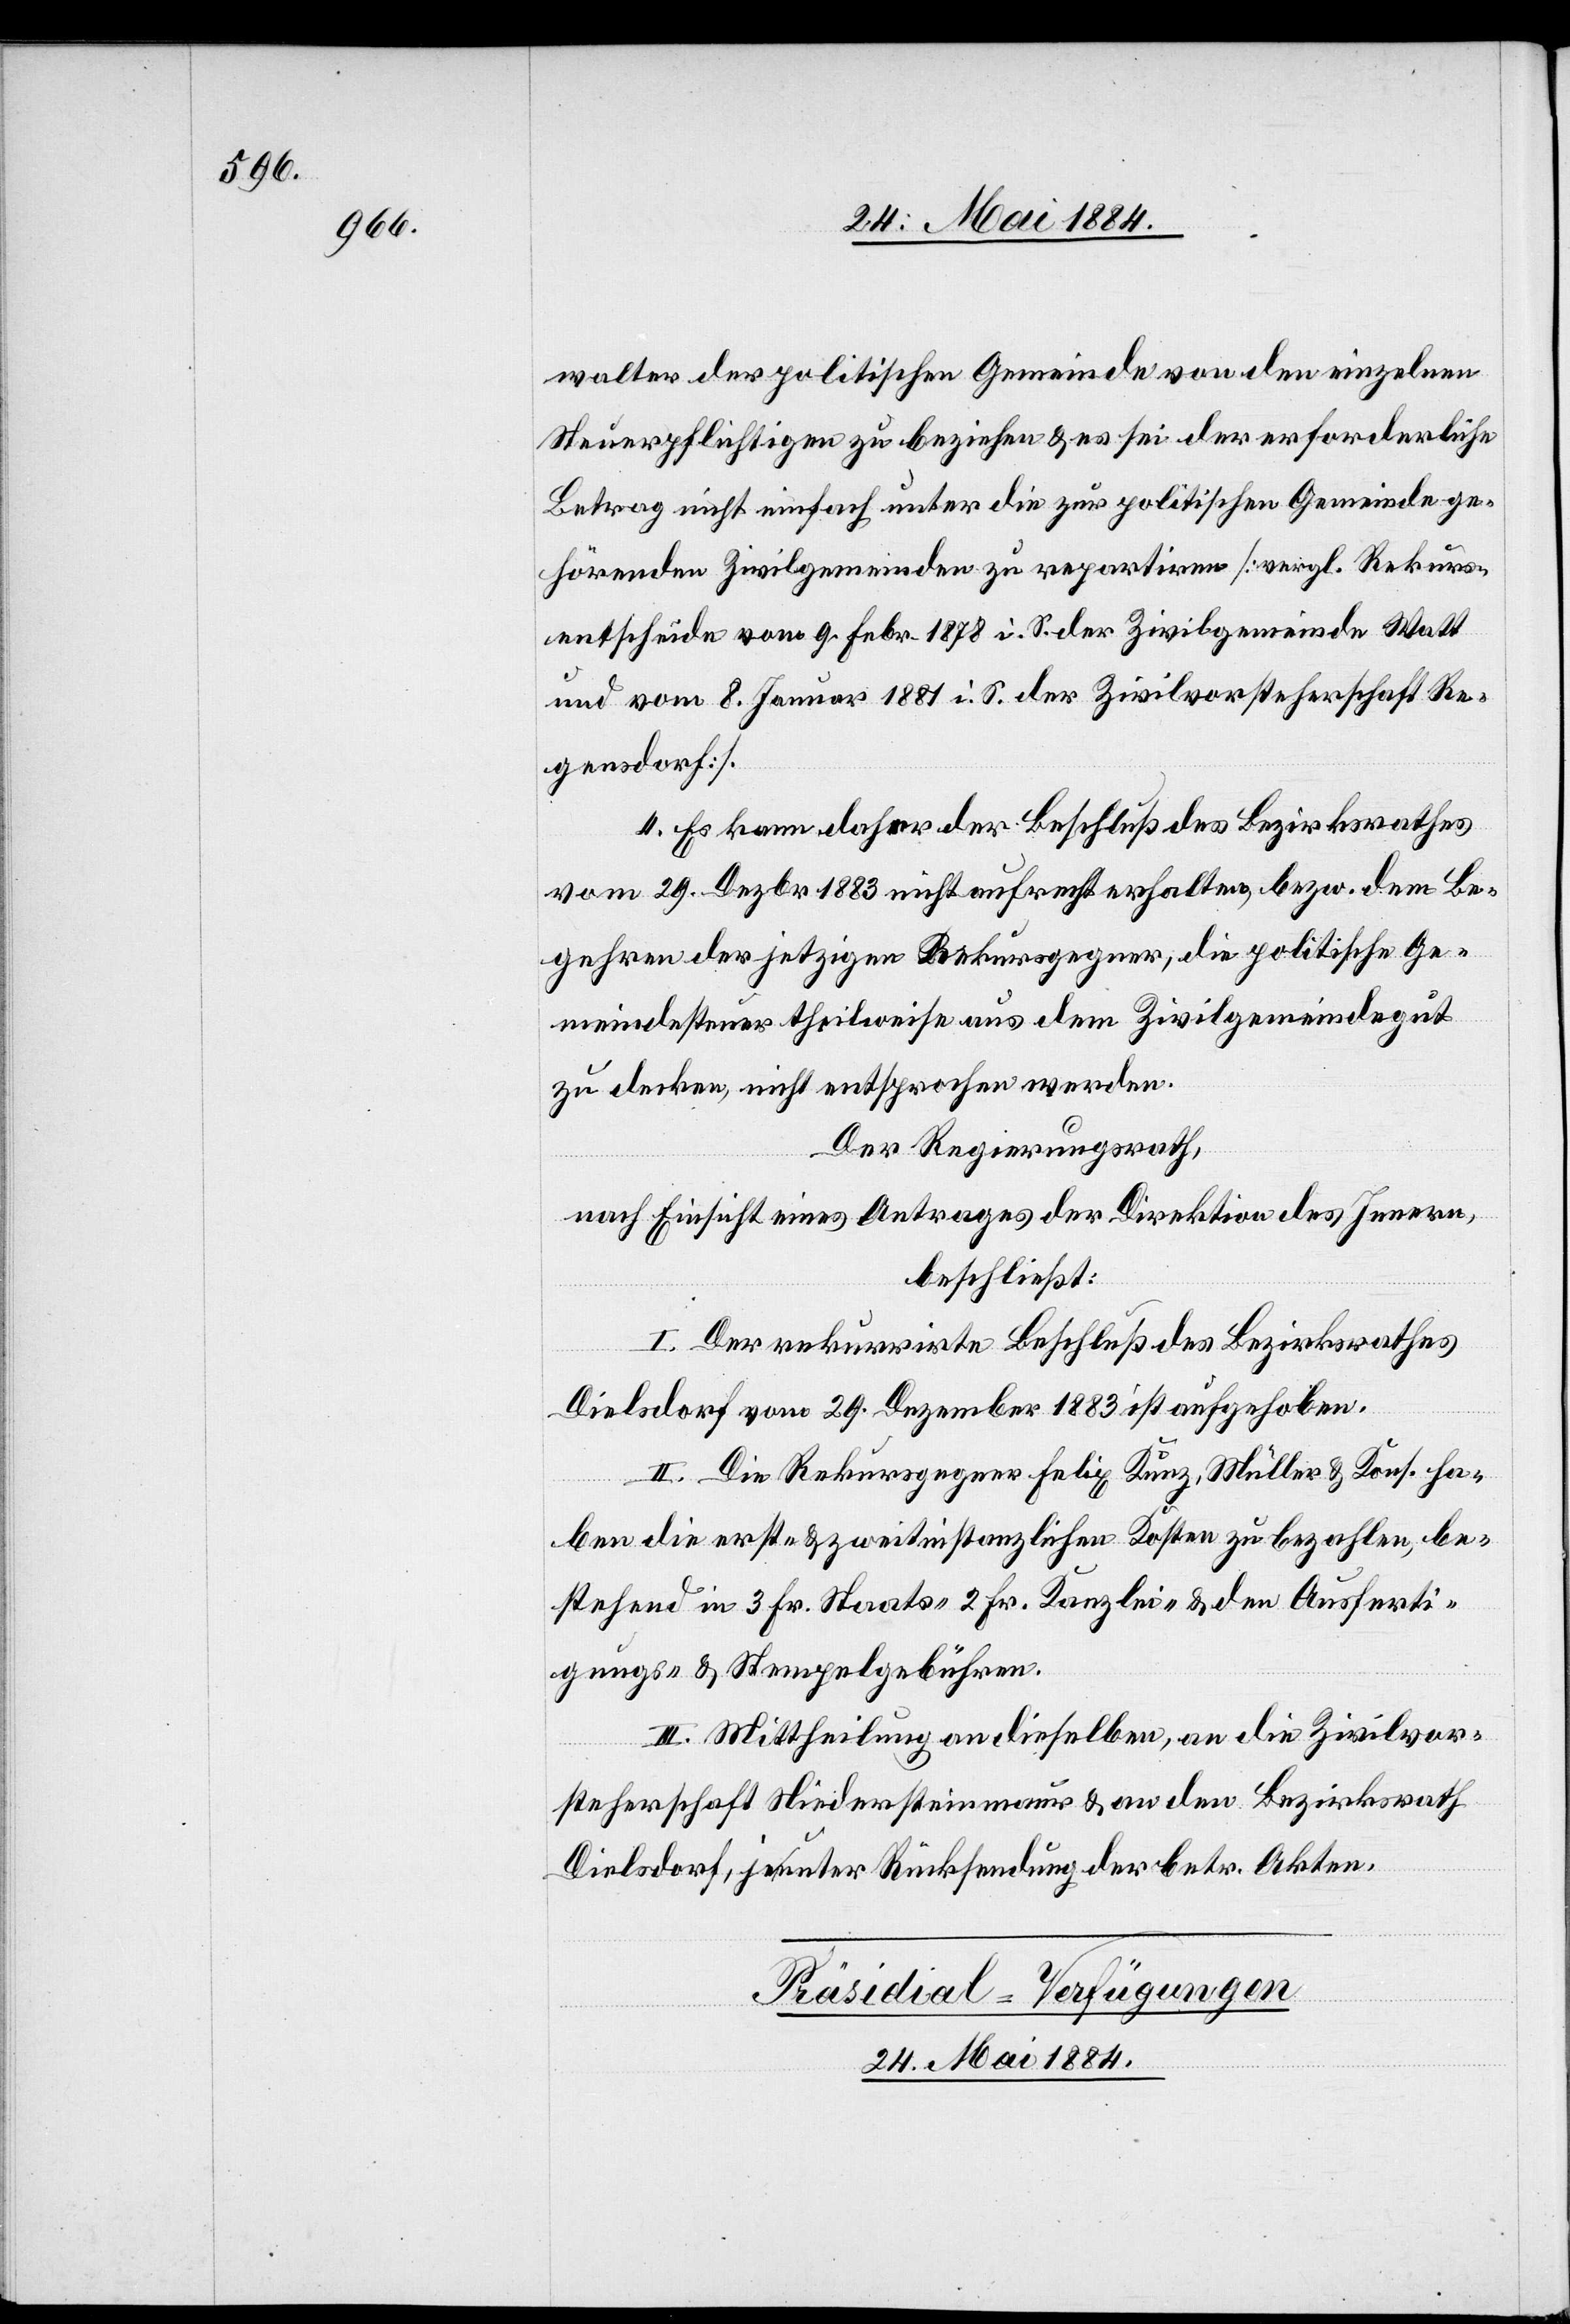
walter der politischen Gemeinde von den einzelnen
Steuerpflichtigen zu beziehen & es sei der erforderliche
Betrag nicht einfach unter die zur politischen Gemeinde ge¬
hörenden Zivilgemeinden zu repartiren [vergl. Rekurs¬
entscheide vom 9. Febr. 1878 i. S. der Zivilgemeinde Watt
und vom 8. Januar 1881 i. S. der Zivilvorsteherschaft Re¬
gensdorf].
4. Es kann daher der Beschluß des Bezirksrathes
vom 29. Dezbr. 1883 nicht aufrecht erhalten, bezw. dem Be¬
gehren der jetzigen Rekursgegner, die politische Ge¬
meindesteuer theilweise aus dem Zivilgemeindegut
zu decken, nicht entsprochen werden.
Der Regierungsrath,
nach Einsicht eines Antrages der Direktion des Innern,
beschließt:
I. Der rekurrirte Beschluß des Bezirksrathes
Dielsdorf vom 29. Dezember 1883 ist aufgehoben.
II. Die Rekursgegner Felix Kunz, Müller & Kons. ha¬
ben die erst- & zweitinstanzlichen Kosten zu bezahlen, be¬
stehend in 3 Fr. Staats-[,] 2 Fr. Kanzlei- & den Ausferti¬
gungs- & Stempelgebühren.
III. Mittheilung an dieselben, an die Zivilvor¬
steherschaft Niedersteinmaur & an den Bezirksrath
Dielsdorf, je unter Rücksendung der betr. Akten.
Präsidial-Verfügungen
24. Mai 1884.